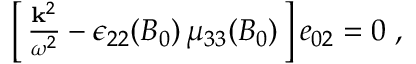
\begin{array} { r } { \left[ \, \frac { { \bf k } ^ { 2 } } { \omega ^ { 2 } } - \epsilon _ { 2 2 } ( B _ { 0 } ) \, \mu _ { 3 3 } ( B _ { 0 } ) \, \right] e _ { 0 2 } = 0 \; , } \end{array}